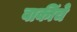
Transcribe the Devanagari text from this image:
बाकींचे